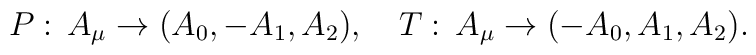
P:\, A_{\mu}\rightarrow(A_{0},-A_{1},A_{2}),\quad T:\, A_{\mu}\rightarrow(-A_{0},A_{1}, A_{2}).